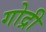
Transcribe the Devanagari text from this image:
गोद्री